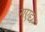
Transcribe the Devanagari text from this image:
गएद्य